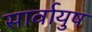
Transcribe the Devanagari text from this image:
सार्वायुष